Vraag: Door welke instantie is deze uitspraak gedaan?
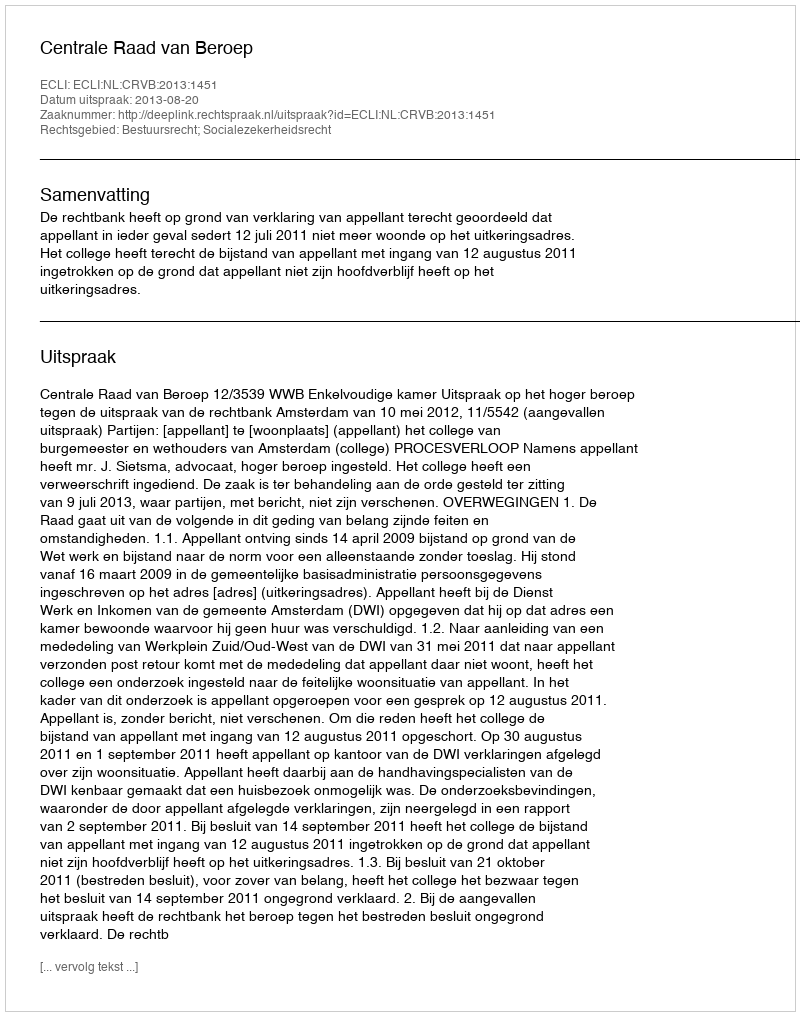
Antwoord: Centrale Raad van Beroep